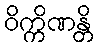
ဝိက္ကိဏန္တိ